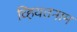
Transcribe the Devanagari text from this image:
व्हियतनाम